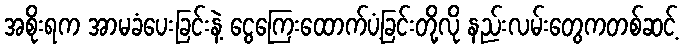
အစိုးရက အာမခံပေးခြင်းနဲ့ ငွေကြေးထောက်ပံ့ခြင်းတို့လို နည်းလမ်းတွေကတစ်ဆင့်